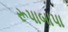
રૂપાબાપા